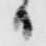
日